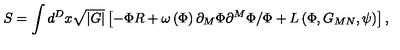
S = \int d ^ { D } x \sqrt { \left| G \right| } \left[ - \Phi R + \omega \left( \Phi \right) \partial _ { M } \Phi \partial ^ { M } \Phi / \Phi + L \left( \Phi , G _ { M N } , \psi \right) \right] ,